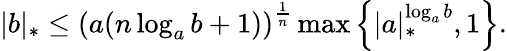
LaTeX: |b|_{*}\leq\left(a(n\log_{a}b+1)\right)^{\frac{1}{n}}\operatorname*{max}\left\{ |a|_{*}^{\log_{a}b},1\right\} .